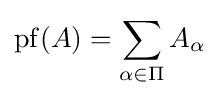
\operatorname {pf} (A)=\sum _{\alpha \in \Pi }A_{\alpha }